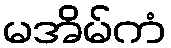
မအိမ်ကံ